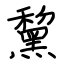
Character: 黧